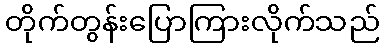
တိုက်တွန်းပြောကြားလိုက်သည်